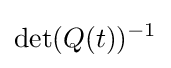
\det(Q(t))^{-1}